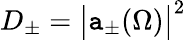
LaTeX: D_{\pm}=\big|\mathtt{a}_{\pm}(\Omega)\big|^{2}